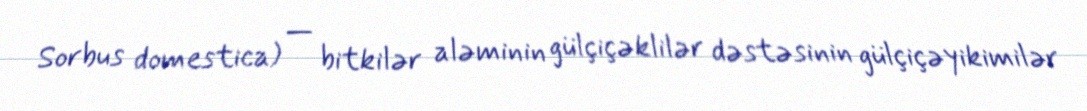
Sorbus domestica) — bitkilər aləminin gülçiçəklilər dəstəsinin gülçiçəyikimilər